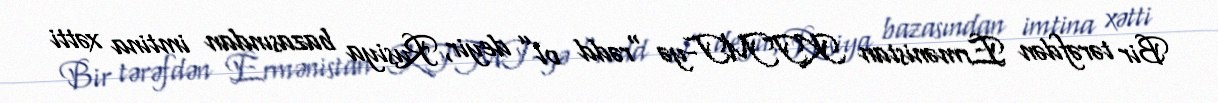
Bir tərəfdən Ermənistan KTMT-yə “rədd ol” deyir, Rusiya bazasından imtina xətti